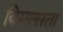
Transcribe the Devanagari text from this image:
विमत्सता